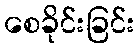
စေခိုင်းခြင်း